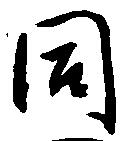
同